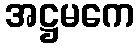
အဋ္ဌမကေ